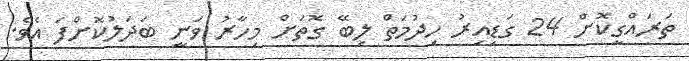
ތަރައްގީކޮށް 24 ގަޑިއިރު ހިދުމަތް ލިބޭ ގޮތަށް މިހާރު ވަނީ ބަދަލުކޮށްފަ އެވެ.